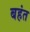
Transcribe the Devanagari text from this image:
बहंत